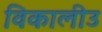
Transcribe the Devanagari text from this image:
विकालीउ